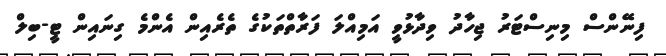
ފިނޭންސް މިނިސްޓަރު ޖިހާދު ވިދާޅުވީ އަމިއްލަ ފަރާތްތަކުގެ ތެރެއިން އެންމެ ގިނައިން ޓީ-ބިލް